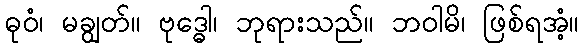
ဓုဝံ၊ မချွတ်။ ဗုဒ္ဓေါ၊ ဘုရားသည်။ ဘဝါမိ၊ ဖြစ်ရအံ့။